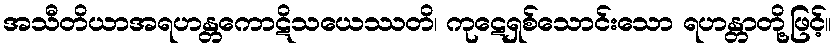
အသီတိယာအရဟန္တကောဋိသယေဿတိ၊ ကုဋေရှစ်သောင်းသော ရဟန္တာတို့ဖြင့်။